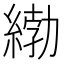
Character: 𦂿